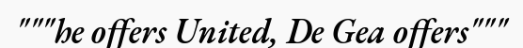
"""he offers United, De Gea offers"""